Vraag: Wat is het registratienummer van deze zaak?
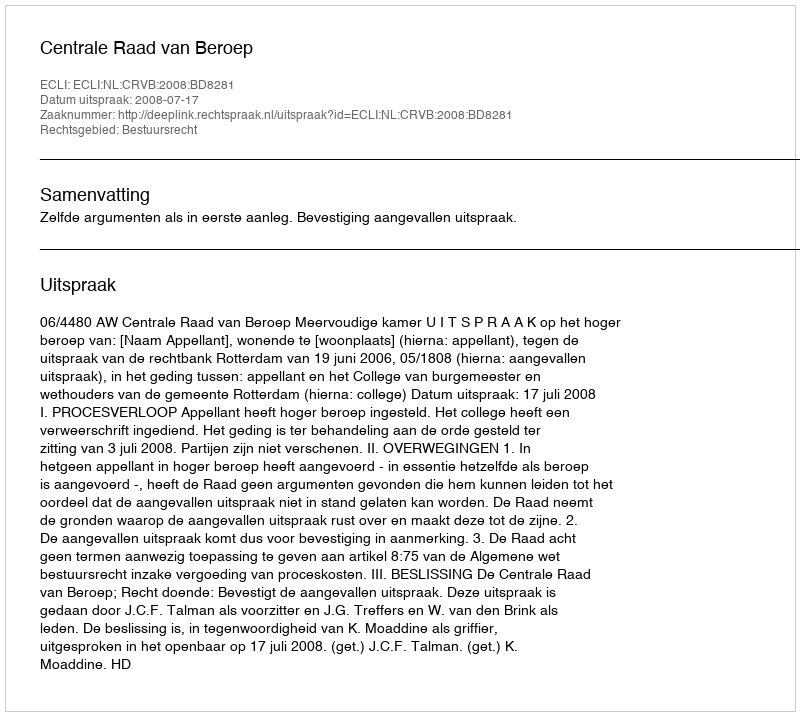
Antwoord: http://deeplink.rechtspraak.nl/uitspraak?id=ECLI:NL:CRVB:2008:BD8281